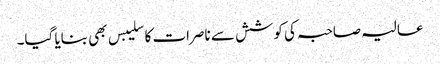
عالیہ صاحبہ کی کوشش سے ناصرات کا سلیبس بھی بنایا گیا۔